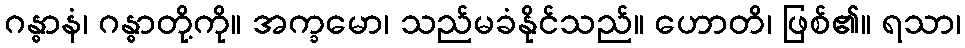
ဂန္ဓာနံ၊ ဂန္ဓာတို့ကို။ အက္ခမော၊ သည်မခံနိုင်သည်။ ဟောတိ၊ ဖြစ်၏။ ရသာ၊